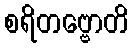
စရိတဗ္ဗောတိ